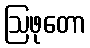
ဩဖုတော